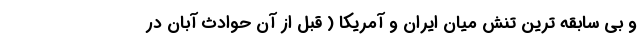
و بی سابقه ترین تنش میان ایران و آمریکا ( قبل از آن حوادث آبان در